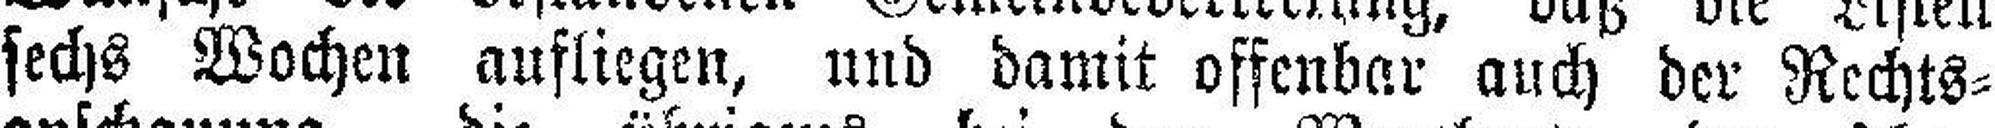
sechs Wochen aufliegen, und damit offenbar auch der Rechts¬